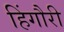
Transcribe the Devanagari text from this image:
हिंगौरी